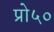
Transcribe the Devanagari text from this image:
प्रो५०